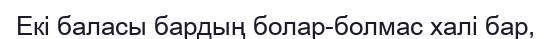
Екі баласы бардың болар-болмас халі бар,